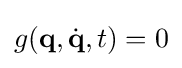
g(\mathbf {q} ,{\dot {\mathbf {q} }},t)=0